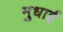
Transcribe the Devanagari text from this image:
मुधाई